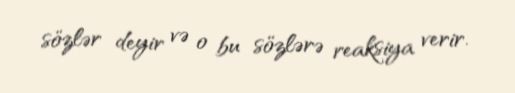
sözlər deyir və o bu sözlərə reaksiya verir.